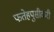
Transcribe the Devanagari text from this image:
फतेहपुसीकरी